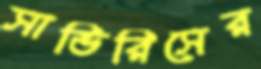
সাভিরিসের